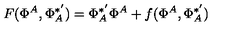
F ( \Phi ^ { A } , \Phi _ { A } ^ { * ^ { \prime } } ) = \Phi _ { A } ^ { * ^ { \prime } } \Phi ^ { A } + f ( \Phi ^ { A } , \Phi _ { A } ^ { * ^ { \prime } } )